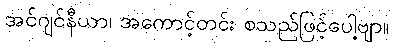
အင်ဂျင်နီယာ၊ အကောင့်တင်း စသည်ဖြင့်ပေါ့ဗျာ။